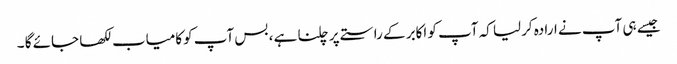
جیسے ہی آپ نے ارادہ کرلیا کہ آپ کو اکابر کے راستے پر چلنا ہے ، بس آپ کوکامیاب لکھا جائے گا ۔